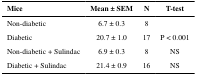
<table><thead><tr><td><b>Mice</b></td><td><b>Mean ± SEM</b></td><td><b>N</b></td><td><b>T-test</b></td></tr></thead><tbody><tr><td>Non-diabetic</td><td>6.7 ± 0.3</td><td>8</td><td></td></tr><tr><td>Diabetic</td><td>20.7 ± 1.0</td><td>17</td><td>P &lt; 0.001</td></tr><tr><td>Non-diabetic + Sulindac</td><td>6.9 ± 0.3</td><td>8</td><td>NS</td></tr><tr><td>Diabetic + Sulindac</td><td>21.4 ± 0.9</td><td>16</td><td>NS</td></tr></tbody></table>